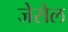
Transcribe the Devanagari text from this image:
जेसेल